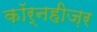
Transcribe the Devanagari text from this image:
कॉर्नहीज़र